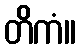
တိကံ။